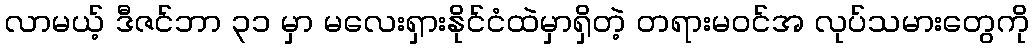
လာမယ့် ဒီဇင်ဘာ ၃၁ မှာ မလေးရှားနိုင်ငံထဲမှာရှိတဲ့ တရားမဝင်အ လုပ်သမားတွေကို